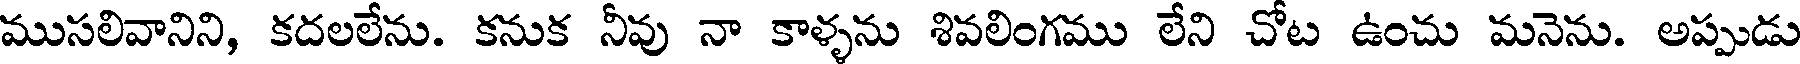
ముసలివానిని, కదలలేను. కనుక నీవు నా కాళ్ళను శివలింగము లేని చోట ఉంచు మనెను. అప్పుడు